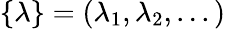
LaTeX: \{ \lambda\} =(\lambda_{1},\lambda_{2},...)